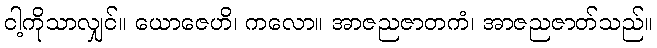
ငါ့ကိုသာလျှင်။ ယောဇေဟိ၊ ကလော။ အာဇညဇာတကံ၊ အာဇညဇာတ်သည်။